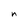
Character: n